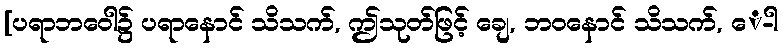
[ပရာဘဝေါ၌ ပရာနောင် သိသက်, ဤသုတ်ဖြင့် ချေ, ဘဝနောင် သိသက်, ေ-ါ